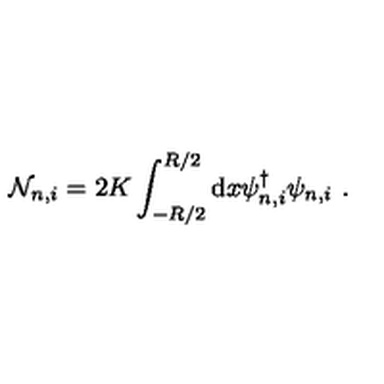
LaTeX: { \cal N } _ { n , i } = 2 K \int _ { - R / 2 } ^ { R / 2 } \mathrm { d } x \psi _ { n , i } ^ { \dagger } \psi _ { n , i } \ .